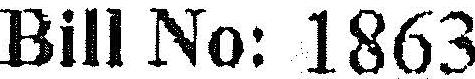
BILL NO: 1863